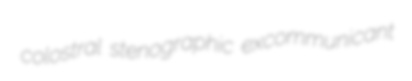
colostral stenographic excommunicant